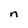
Character: n